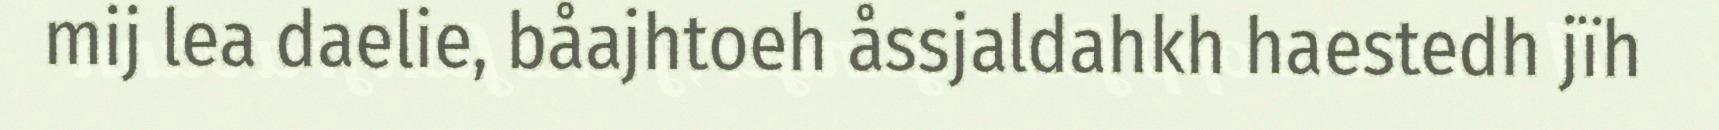
mij lea daelie, båajhtoeh åssjaldahkh haestedh jïh